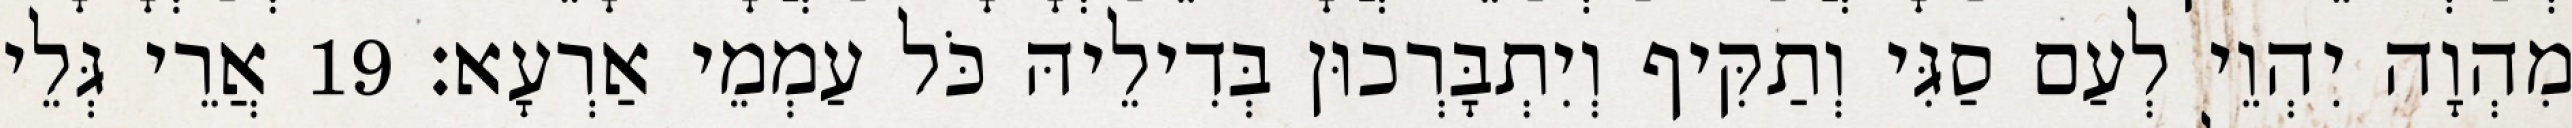
מִהְוָה יִהְוֵי לְעַם סַגִּי וְתַקִּיף וְיִתְבָּרְכוּן בְּדִילֵיהּ כֹּל עַמְמֵי אַרְעָא׃ 19 אֲרֵי גְּלֵי